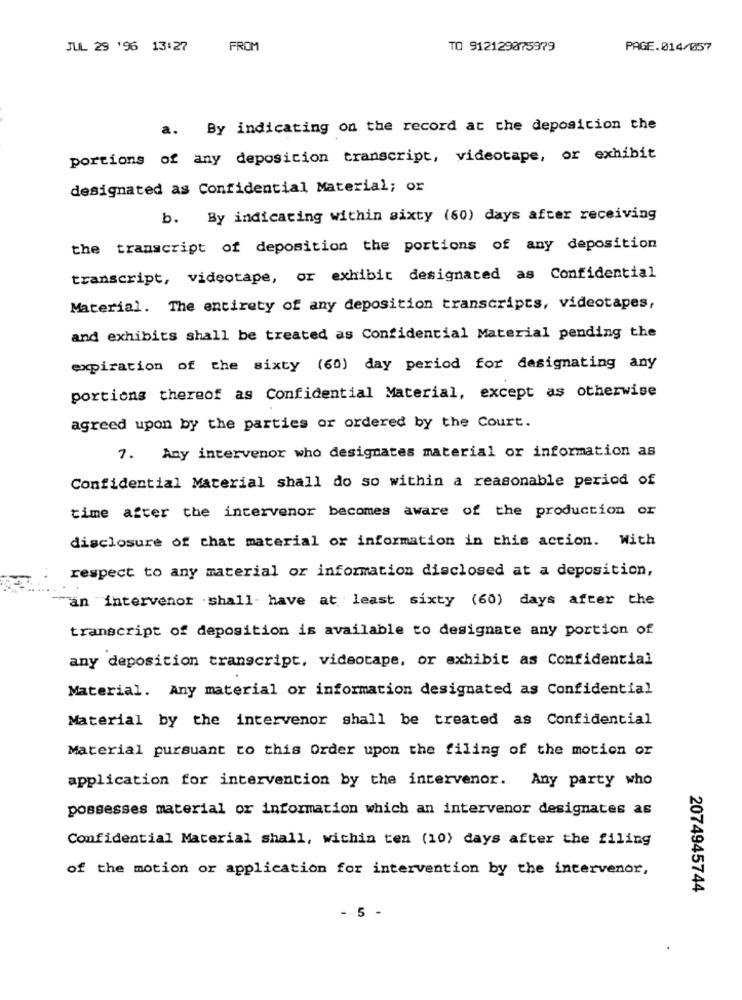
JUL 29 '96 13:27
FROM
TO 912129075979
PAGE.014/057
a. By indicating on the record at the deposition the
portions of any deposicion transcript, videotape, or exhibit
designated as Confidential Material; or
b. By indicating within sixty (60) days after receiving
the transcript of deposition the portions of any deposition
transcript, videotape, or exhibit designated as Confidential
Material. The entirety of any deposition transcripts, videotapes,
and exhibits shall be treated as Confidential Material pending the
expiration of the sixty (60) day period for designating any
portions thereof as Confidential Material, except as otherwise
agreed upon by the parties or ordered by the Court.
7. Any intervenor who designates material or information as
Confidential Material shall do so within a reasonable period of
time after the intervenor becomes aware of the production or
disclosure of that material or information in this action. With
respect to any material or information disclosed at a deposition,
an "intervenor .shall- have at least sixty (60) days after the
transcript of deposition is available to designate any portion of
any deposition transcript, videotape, or exhibit as Confidential
Material. Any material or information designated as Confidential
Material by the intervenor shall be treated as Confidential
Material pursuant to this Order upon the filing of the motion or
application for intervention by the intervenor. Any party who
possesses material or information which an intervenor designates as
Confidential Material shall, within ten (10) days after the filing
of the motion or application for intervention by the intervenor,
2074945744
- 5 -